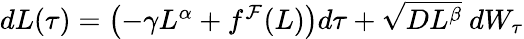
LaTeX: \begin{array}{r}{dL(\tau)=\left(-\gamma L^{\alpha}+f^{\mathcal{F}}(L)\right)d\tau+\sqrt{DL^{\beta}}\ dW_{\tau}}\end{array}